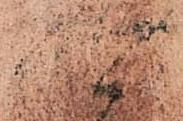
可